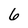
Character: 6